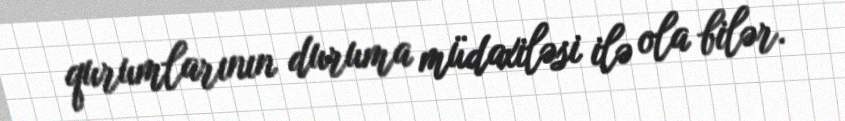
qurumlarının duruma müdaxiləsi ilə ola bilər.